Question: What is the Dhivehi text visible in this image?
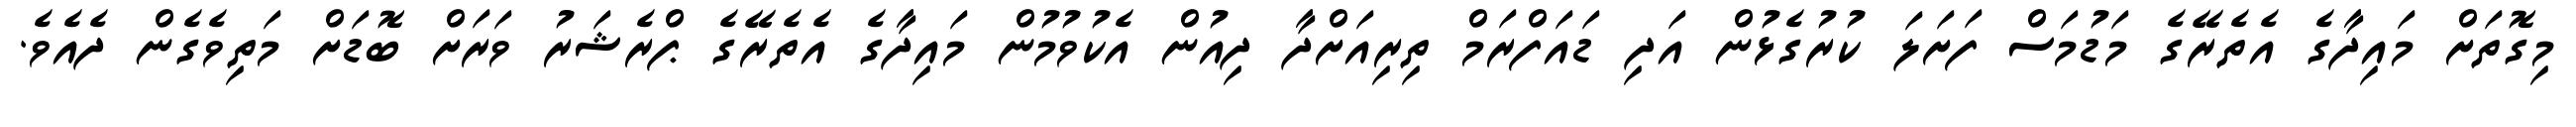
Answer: މިގޮތަށް މައިދާގެ އެތެރޭގެ މަޑުމަސް ފަށަލަ ކުރުގެޅުން އަދި ޑައަފްރަމް ތިރިއަށްދާ ދިއުން އެކުވުމުން މައިދާގެ އެތެރޭގެ ޕްރެޝަރު ވަރަށް ބޮޑަށް މަތިވެގެން ދެއެވެ.